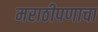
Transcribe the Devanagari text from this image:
मराठीपणाचा